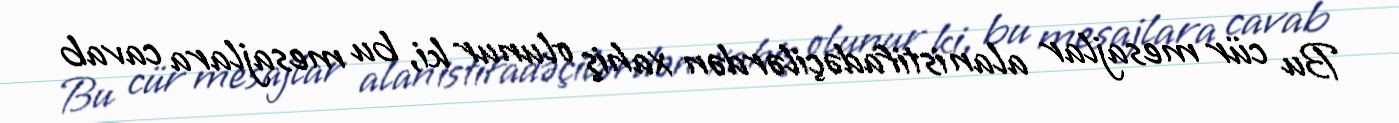
Bu cür mesajlar alan istifadəçilərdən xahiş olunur ki, bu mesajlara cavab